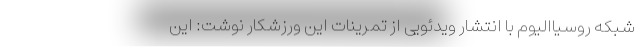
شبکه روسیاالیوم با انتشار ویدئویی از تمرینات این ورزشکار نوشت: این